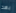
بهذا